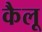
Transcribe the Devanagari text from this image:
कैलू